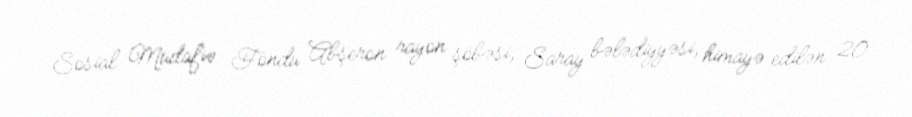
Sosial Müdafiə Fondu Abşeron rayon şöbəsi, Saray bələdiyyəsi, himayə edilən 20